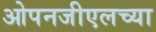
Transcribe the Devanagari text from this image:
ओपनजीएलच्या